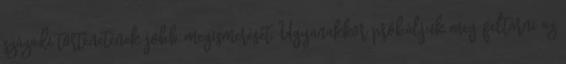
századi történetének jobb megismerését. Ugyanakkor próbáljuk meg feltárni az